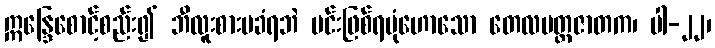
ဣန္ဒြေစောင့်စည်း၍ ဘီလူးစားမခံရဘဲ မင်းဖြစ်ရပုံဟောသော တေလပတ္တဇာတက၊ ပါ-၂၂၊